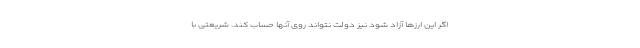
اگر این ارزها آزاد شود نیز دولت نتواند روی آنها حساب کند. شریعتی با